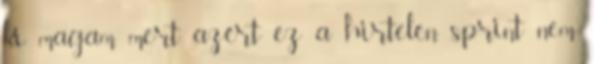
ki magam, mert azért ez a hirtelen sprint nem